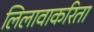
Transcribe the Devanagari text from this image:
लिलावाकरिता